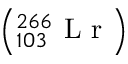
\left( ^ { 2 6 6 } _ { 1 0 3 } \mathrm { ~ L ~ r ~ } \right)